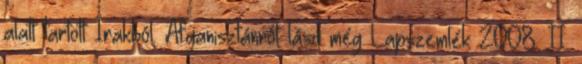
alatt tartott Irakból. Afganisztánról lásd még Lapszemlék 2008. II.